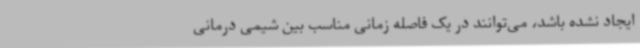
ایجاد نشده باشد، می‌توانند در یک فاصله زمانی مناسب بین شیمی درمانی